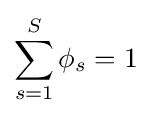
\sum _{s=1}^{S}\phi _{s}=1